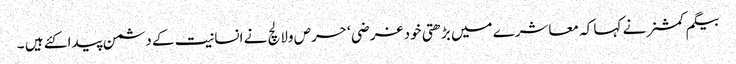
بیگم کمشنر نے کہا کہ معاشرے میں بڑھتی خود غرضی ‘ حرص ولالچ نے انسانیت کے دشمن پیدا کئے ہیں ۔